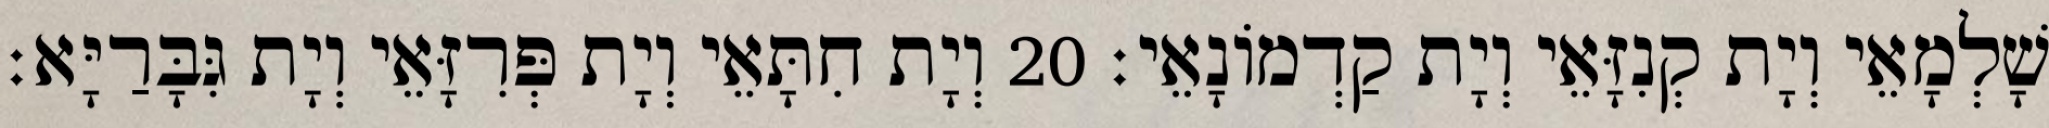
שָׁלְמָאֵי וְיָת קְנִזָּאֵי וְיָת קַדְמוֹנָאֵי׃ 20 וְיָת חִתָּאֵי וְיָת פְּרִזָּאֵי וְיָת גִּבָּרַיָּא׃